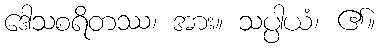
ဒေါသစရိတဿ၊ အား။ သပ္ပါယံ၊ ၏။